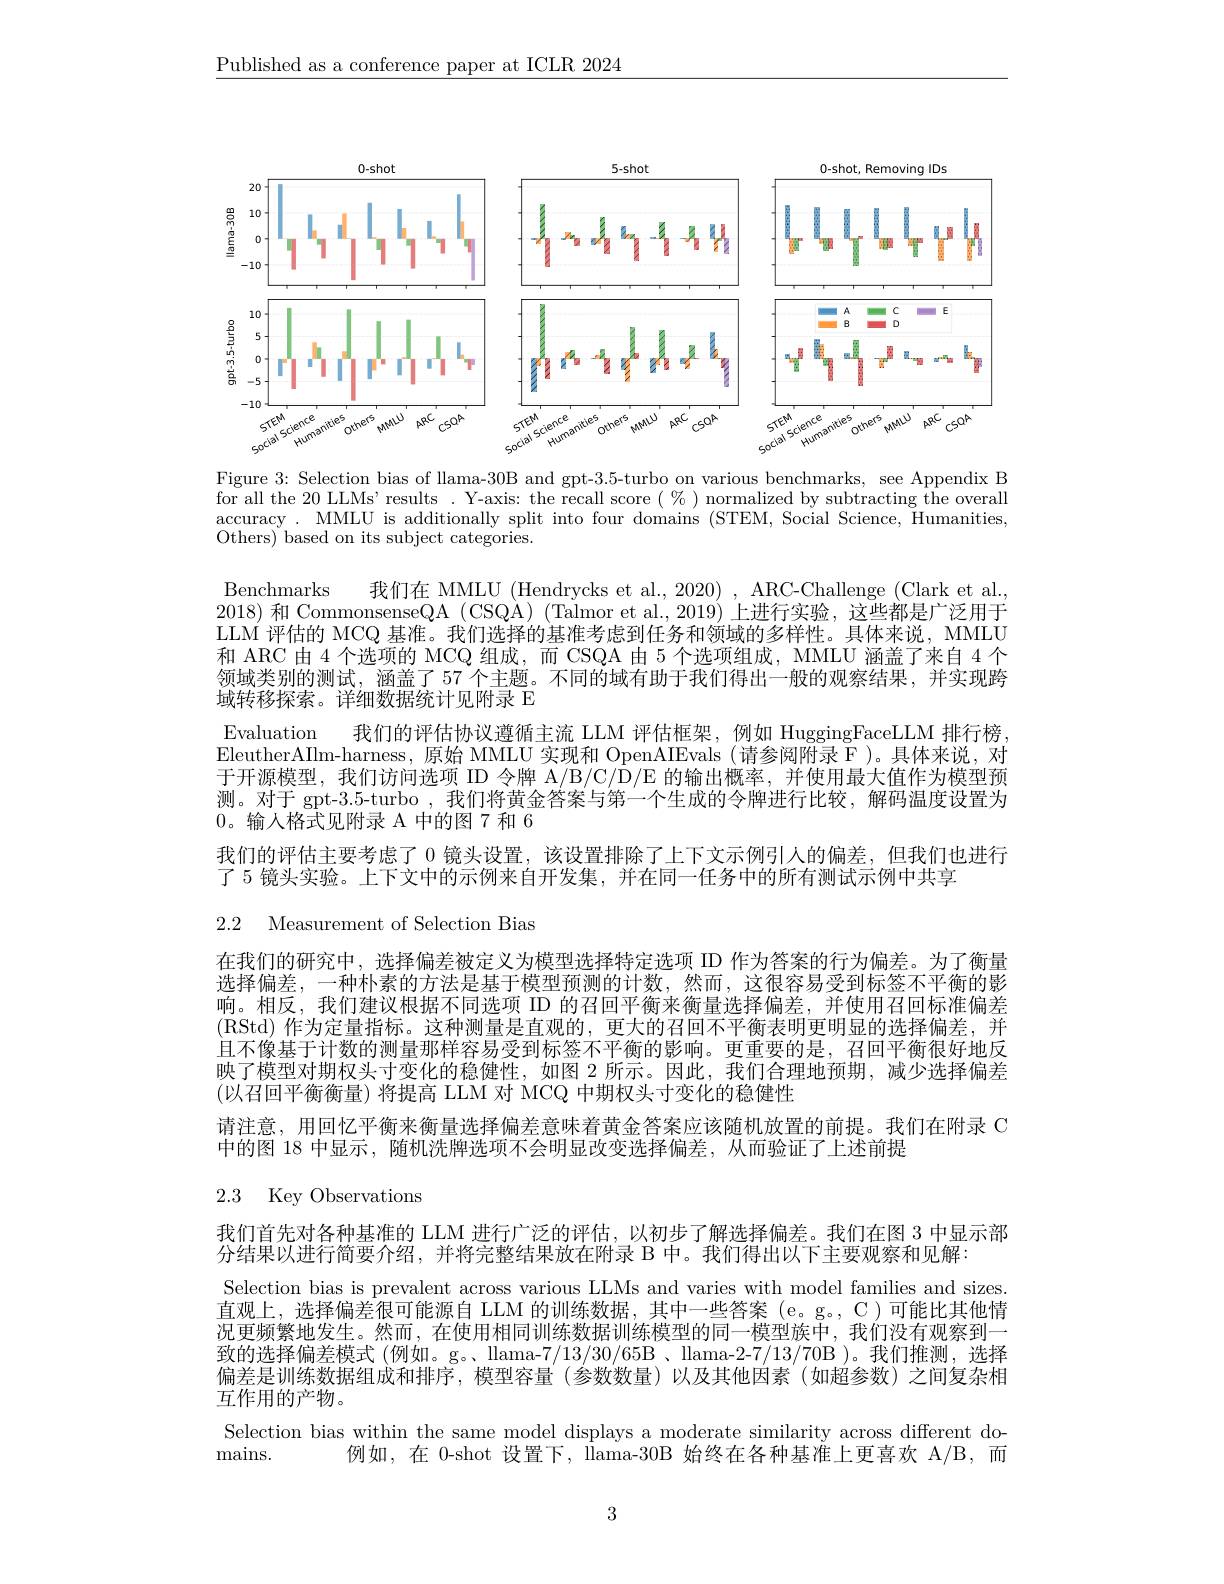
$\underline{\text{Published as a conference paper at ICLR 2024}}$

<FigureHere>

Figure 3: Selection bias of llama-30B and gpt-3.5-turbo on various benchmarks, see Appendix B for all the 20 LLMs' results. Y-axis: the recall score( $\%$ )normalized by subtracting the overall accuracy. MMLU is additionally split into four domains (STEM, Social Science, Humanities, Others) based on its subject categories.

Benchmarks
我们在 MMLU (Hendrycks et al., 2020) , ARC-Challenge (Clark et al.,
2018)和 CommonsenseQA (CSQA) (Talmor et al., 2019) 上进行实验，这些都是广泛用于LLM 评估的 MCQ 基准。我们选择的基准考虑到任务和领域的多样性。具体来说，MMLU 和 ARC 由 4 个选项的 MCQ 组成，而 CSQA 由 5 个选项组成，MMLU 涵盖了来自 4 个领域类别的测试，涵盖了 57 个主题。不同的域有助于我们得出一般的观察结果，并实现跨域转移探索。详细数据统计见附录 E
Evaluation 我们的评估协议遵循主流 LLM 评估框架，例如 HuggingFaceLLM 排行榜EleutherAIIm-harness,原始 MMLU 实现和 OpenAIEvals (请参阅附录 F)。具体来说，对于开源模型，我们访问选项 ID 令牌 A/B/C/D/E 的输出概率，并使用最大值作为模型预测。对于 gpt-3.5-turbo , 我们将黄金答案与第一个生成的令牌进行比较，解码温度设置为0。输入格式见附录 A 中的图 7 和 6
我们的评估主要考虑了0镜头设置，该设置排除了上下文示例引人的偏差，但我们也进行
了 5 镜头实验。上下文中的示例来自开发集，并在同一任务中的所有测试示例中共享

2.2 Measurement of Selection Bias
在我们的研究中，选择偏差被定义为模型选择特定选项 ID 作为答案的行为偏差。为了衡量选择偏差，一种朴素的方法是基于模型预测的计数，然而，这很容易受到标签不平衡的影响。相反，我们建议根据不同选项 ID 的召回平衡来衡量选择偏差，并使用召回标准偏差(RStd)作为定量指标。这种测量是直观的，更大的召回不平衡表明更明显的选择偏差，并且不像基于计数的测量那样容易受到标签不平衡的影响。更重要的是，召回平衡很好地反映了模型对期权头寸变化的稳健性，如图2所示。因此，我们合理地预期，减少选择偏差(以召回平衡衡量) 将提高 LLM 对 MCQ 中期权头寸变化的稳健性
请注意，用回忆平衡来衡量选择偏差意味着黄金答案应该随机放置的前提。我们在附录 C
中的图 18 中显示，随机洗牌选项不会明显改变选择偏差，从而验证了上述前提
2.3 Key Observations

我们首先对各种基准的 LLM 进行广泛的评估，以初步了解选择偏差。我们在图 3 中显示部
分结果以进行简要介绍，并将完整结果放在附录 B 中。我们得出以下主要观察和见解：
Selection bias is prevalent across various LLMs and varies with model families and sizes. 直观上，选择偏差很可能源自 LLM 的训练数据，其中一些答案 (e。g。,C)可能比其他情况更频繁地发生。然而，在使用相同训练数据训练模型的同一模型族中，我们没有观察到一致的选择偏差模式 (例如。g。、llama-7/13/30/65B、llama-2-7/13/70B)。我们推测，选择偏差是训练数据组成和排序，模型容量(参数数量)以及其他因素'(如超参数)之间复杂相互作用的产物。
Selection bias within the same model displays a moderate similarity across different do-
mains.
例如，在 0-shot 设置下，llama-30B 始终在各种基准上更喜欢 A/B,而

3